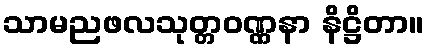
သာမညဖလသုတ္တဝဏ္ဏနာ နိဋ္ဌိတာ။